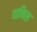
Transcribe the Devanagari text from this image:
यानिस